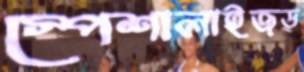
স্পেশালাইজড